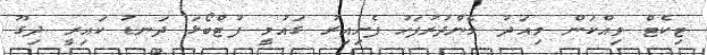
ޓިކެޓް ވިއްކަން މިއަދު މެންދުރުފަހު ފެށިއިރު ގައުމީ ފުޓްބޯޅަ ދަނޑު ކައިރީ ދިގޫ